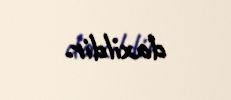
daxildir.